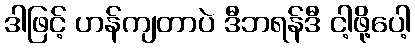
ဒါဖြင့် ဟန်ကျတာပဲ ဒီဘရန်ဒီ ငါ့ဖို့ပေါ့